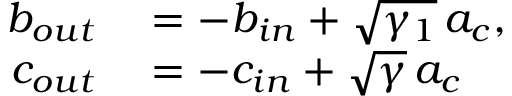
\begin{array} { r l } { b _ { o u t } } & { { } = - b _ { i n } + \sqrt { \gamma _ { 1 } } \, a _ { c } , } \\ { c _ { o u t } } & { { } = - c _ { i n } + \sqrt { \gamma } \, a _ { c } } \end{array}